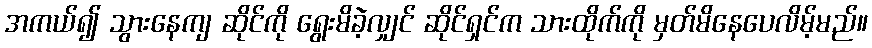
အကယ်၍ သွားနေကျ ဆိုင်ကို ရွေးမိခဲ့လျှင် ဆိုင်ရှင်က သားထိုက်ကို မှတ်မိနေပေလိမ့်မည်။